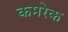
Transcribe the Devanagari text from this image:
कमरेक